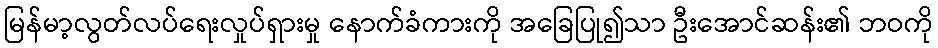
မြန်မာ့လွတ်လပ်ရေးလှုပ်ရှားမှု နောက်ခံကားကို အခြေပြု၍သာ ဦးအောင်ဆန်း၏ ဘဝကို